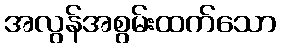
အလွန်အစွမ်းထက်သော